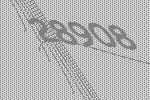
28908